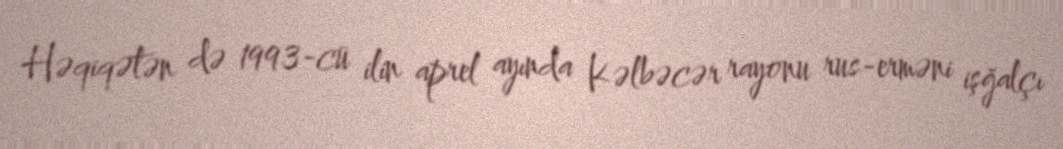
Həqiqətən də 1993-cü ilin aprel ayında Kəlbəcər rayonu rus-erməni işğalçı